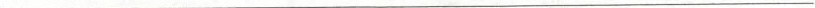
___